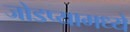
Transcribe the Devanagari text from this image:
जोडप्यामध्ये